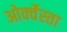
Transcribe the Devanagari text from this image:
ओर्क्वेस्ता